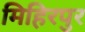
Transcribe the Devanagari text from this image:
मिहिरपुर